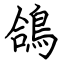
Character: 鴿